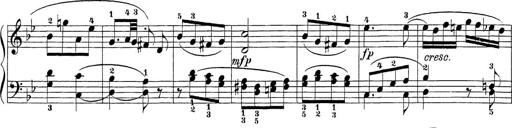
Title: Sonatina Album
Composer: Louis KÃ¶hler